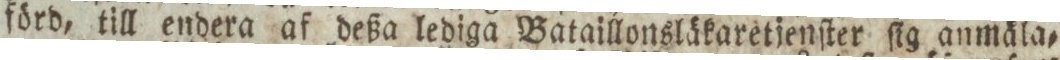
förd, till endera af deßa lediga Bataillonsläkaretjenſter ſig anmäla=